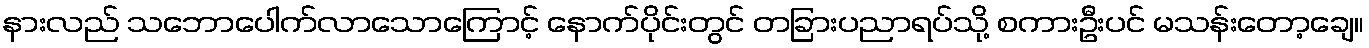
နားလည် သဘောပေါက်လာသောကြောင့် နောက်ပိုင်းတွင် တခြားပညာရပ်သို့ စကားဦးပင် မသန်းတော့ချေ။